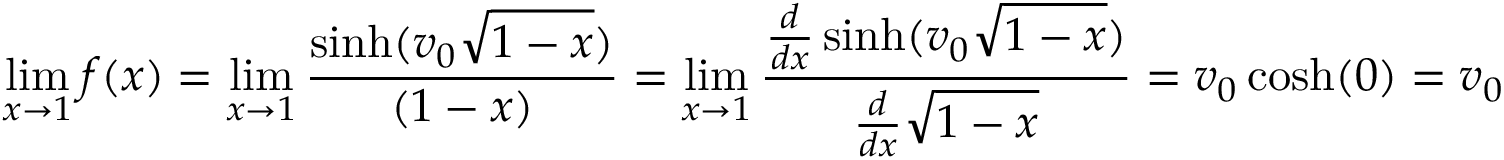
\operatorname* { l i m } _ { x \to 1 } f ( x ) = \operatorname* { l i m } _ { x \to 1 } { \frac { \sinh ( v _ { 0 } { \sqrt { 1 - x } } ) } { ( 1 - x ) } } = \operatorname* { l i m } _ { x \to 1 } { \frac { { \frac { d } { d x } } \sinh ( v _ { 0 } { \sqrt { 1 - x } } ) } { { \frac { d } { d x } } { \sqrt { 1 - x } } } } = v _ { 0 } \cosh ( 0 ) = v _ { 0 }